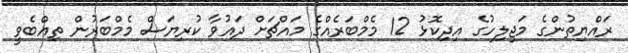
ރައްޔިތުންގެ މަޖިލިހުގެ އިދިކޮޅު 12 މެމްބަރެއްގެ މައްޗަށް ދައުވާ ކުރިޔަސް މެމްބަރުން ތިއްބެވީ